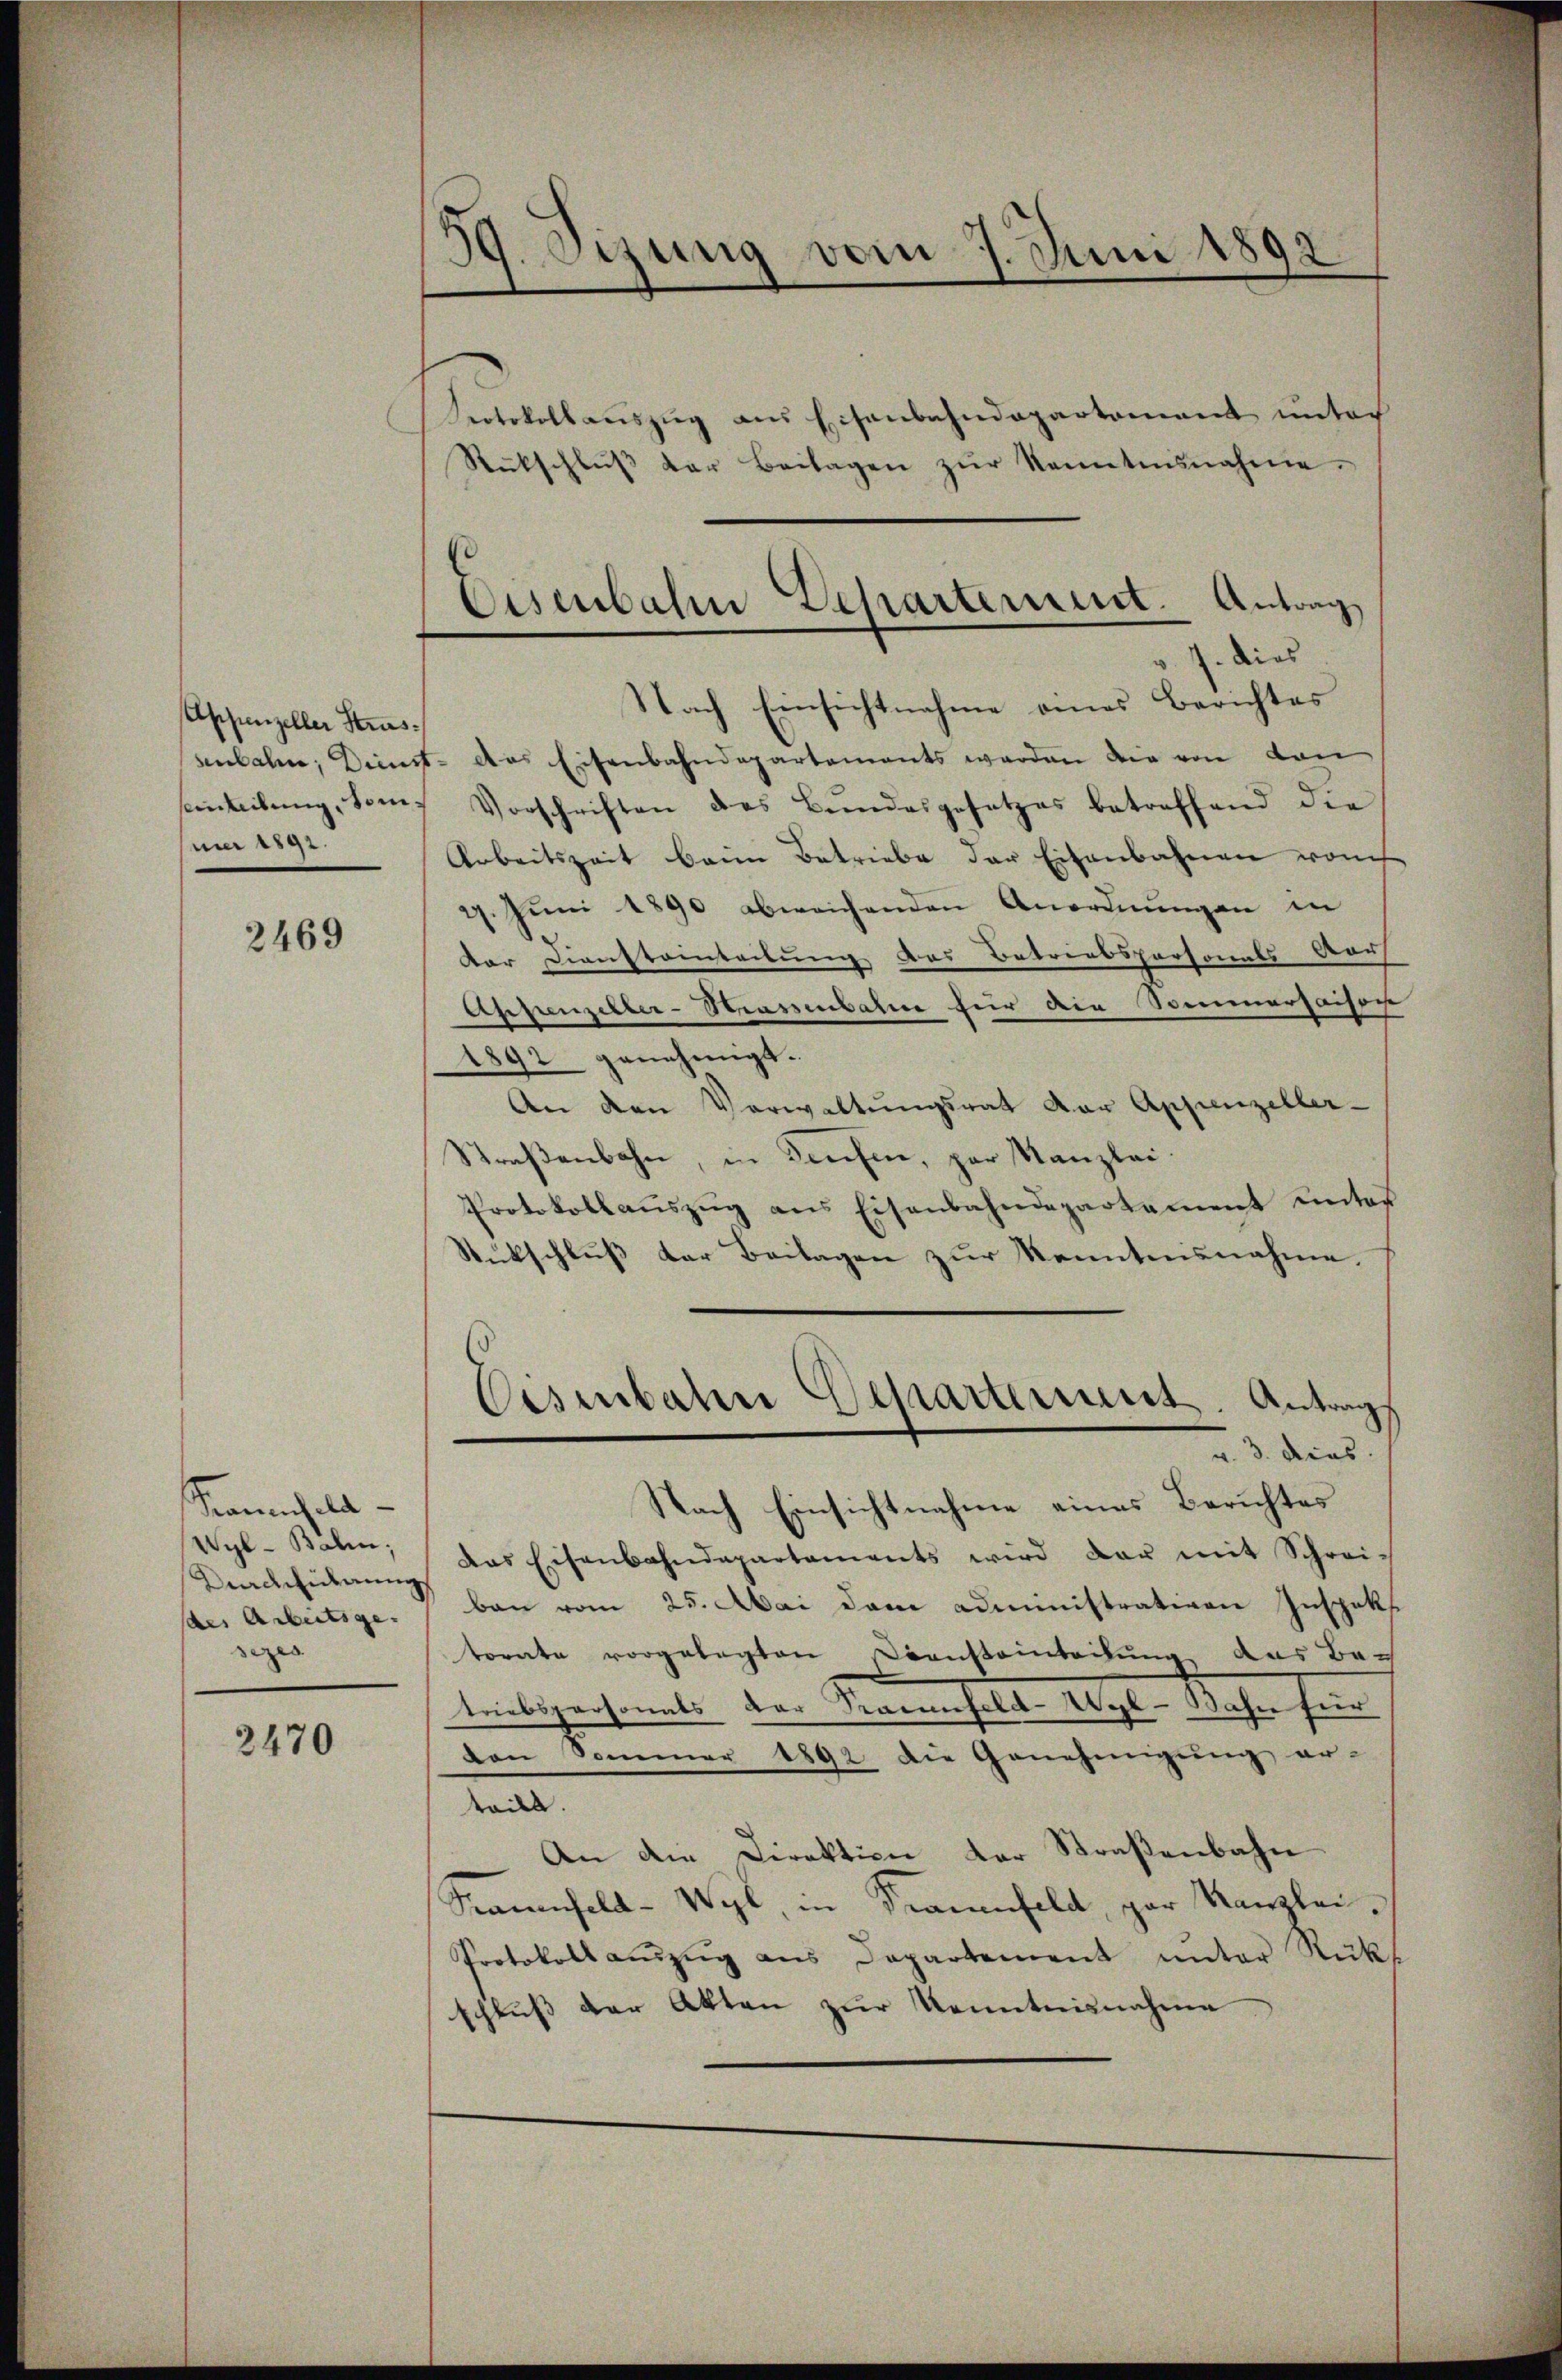
Appenzeller Strassinteilung, Somni 1872.

2469

Kanbela¬
Wyl- Balin;
Durchführung
des Arbeitsge-
sezes

2470

39. Ozung vom 7. Juni 1892.

Eisenbahn Departement. Antrag

Protokollauszug aus Eisenbahndepartament unter
Rückschlŭβ der Beilagen zŭr Rennetesnahme.
dies
Nach Einsichtnahme eines Berichtes
senbahn, Dienst- das Eisenbahndepartements werden die von den
Vorschriften des Bŭndesgesetzes betreffend die
Arbeitszeit beim Betriebe der Eisenbahnen vom
4. Juni 1890 abweichenden Anordnungen in
dar Dienstainteilung des Betriebspersonals Aar
Appenzeller-Strassenbahre für die Sommerhaiser
1892 genehmigt.
An den Verwaltŭngsrat der Appenzeller-
Straβenbahn, in Teufen, par Kanzlei.
Protokollaŭszŭg ans Eisenbahndepartement unter
Rikschlŭβ der Beilagen zur Kenntensnahme.
v. 3. dies
Nach Einsichtnahme eines Berichtes
das Eisenbahndepartaments wird dar mit Schrei-
ban vom 25. Mai dem administrativen Inspekt
torate vorgelegten Diensteinteilung, das Be-
teiligen samte der Kammenhalde Wyl Rahn fün
Den Sommer 1892 die Genehmigung er-
teilt.
An die Direktion der Straßenbahn
Saufeld-Wyl, in Frauenfeld, par Kanzlei.
Protokoll aŭszŭg ans Departement ŭnter Rüks
schluss der Akten zŭr Kenntnisnahme

Eisenbahn Departement. Antrags